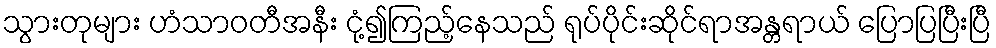
သွားတုများ ဟံသာဝတီအနီး ငုံ့၍ကြည့်နေသည် ရုပ်ပိုင်းဆိုင်ရာအန္တရာယ် ပြောပြပြီးပြီ